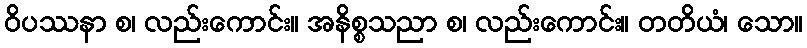
ဝိပဿနာ စ၊ လည်းကောင်း။ အနိစ္စသညာ စ၊ လည်းကောင်း။ တတိယံ၊ သော။